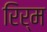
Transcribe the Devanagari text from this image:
रिर्म